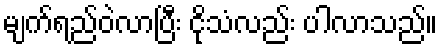
မျက်ရည်ဝဲလာပြီး ငိုသံလည်း ပါလာသည်။